Indian journal of veterinary science and animal husbandry - Volume 8,
Year: 1938
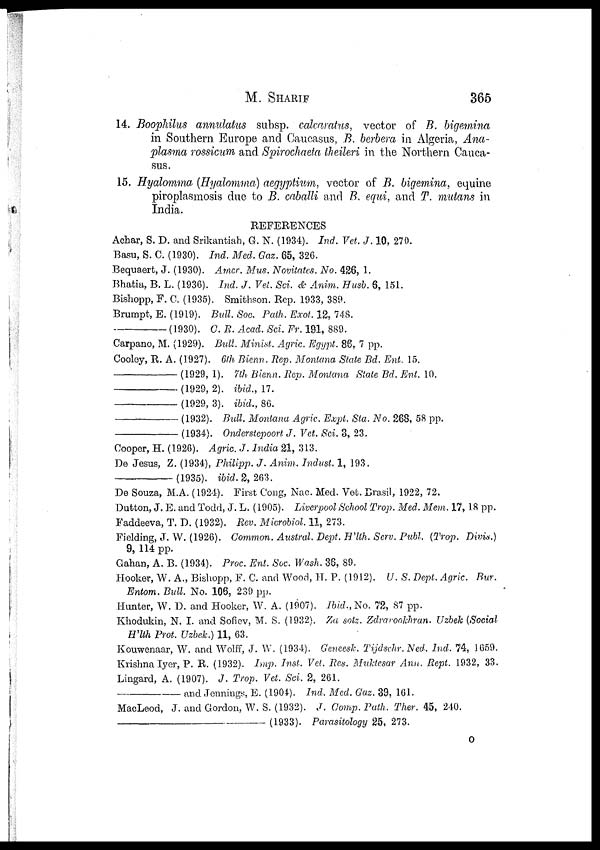
M.
SHARIF
365
14. Boophilus annulatus subsp. calcaratus, vector of B. bigemina
in Southern Europe and Caucasus, B. berbera in Algeria, Ana-
plasma rossicum and Spirochaeta theileri in the Northern Cauca-
sus.
15. Hyalomma (Hyalomma) aegyptium, vector of B. bigemina, equine
piroplasmosis due to B. caballi and B. equi, and T. mutans in
India.
REFERENCES
Achar, S. D. and Srikantiah, G. N. (1934). Ind. Vet. J. 10, 270.
Basu, S. C. (1930). Ind. Med. Gaz. 65, 326.
Bequaert, J. (1930). Amer. Mus. Novitates. No. 426, 1.
Bhatia, B. L. (1936). Ind. J. Vet. Sci. & Anim. Husb. 6, 151.
Bishopp, F. C. (1935). Smithson. Rep. 1933, 389.
Brumpt, E. (1919). Bull. Soc. Path. Exot. 12, 748.
—(1930).
C.
R. Acad. Sci. Fr. 191, 889.
Carpano, M. (1929). Bull. Minist. Agric. Egypt. 86, 7 pp.
Cooley, R. A. (1927). 6th Bienn. Rep. Montana State Bd. Ent. 15.
—(1929,
1). 7th Bienn. Rep. Montana State Bd. Ent. 10.
—(1929,
2). ibid., 17.
—(1929,
3). ibid., 86.
—(1932).
Bull. Montana Agric. Expt. Sta. No. 268, 58 pp.
—(1934).
Onderstepoort J. Vet. Sci. 3, 23.
Cooper, H. (1926). Agric. J. India 21, 313.
De Jesus, Z. (1934), Philipp. J. Anim. Indust. 1, 193.
—(1935).
ibid. 2, 263.
De Souza, M.A. (1924). First Cong, Nac. Med. Vet. Brasil, 1922, 72.
Dutton, J. E. and Todd, J. L. (1905). Liverpool School Trop. Med. Mem. 17, 18 pp.
Faddeeva, T. D. (1932). Rev. Microbiol. 11, 273.
Fielding, J. W. (1926). Common. Austral. Dept. H'lth. Serv. Publ. (Trop. Divis.)
9, 114 pp.
Gahan, A. B. (1934). Proc. Ent. Soc. Wash. 36, 89.
Hooker, W. A., Bishopp, F. C. and Wood, H. P. (1912). U. S. Dept. Agric. Bur.
Entom. Bull. No. 106, 239 pp.
Hunter, W. D. and Hooker, W. A. (1907). Ibid., No. 72, 87 pp.
Khodukin, N. I. and Sofiev, M. S. (1932). Za sotz. Zdrarookhran. Uzbek (Social
H'lth Prot. Uzbek.) 11, 63.
Kouwenaar, W. and Wolff, J. W. (1934). Geneesk. Tijdschr. Ned. Ind. 74, 1659.
Krishna Iyer, P. R. (1932). Imp. Inst. Vet. Res. Muktesar Ann. Rept. 1932, 33.
Lingard, A. (1907). J. Trop. Vet. Sci. 2, 261.
—and
Jennings, E. (1904). Ind. Med. Gaz. 39, 161.
MacLeod, J. and Gordon, W. S. (1932). J. Comp. Path. Ther. 45, 240.
—(1933).
Parasitology 25, 273.
O